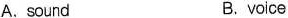
A.sound B.voice